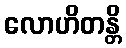
လောဟိတန္တိ